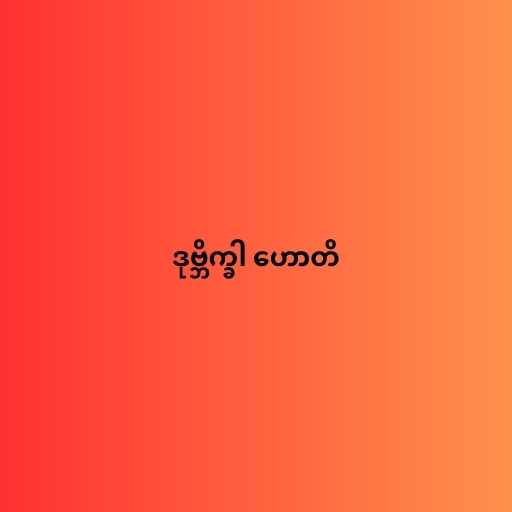
ဒုဗ္ဘိက္ခါ ဟောတိ